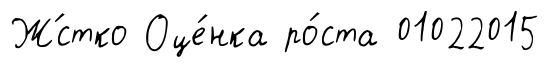
Ж́стко Оце́нка ро́ста 01022015